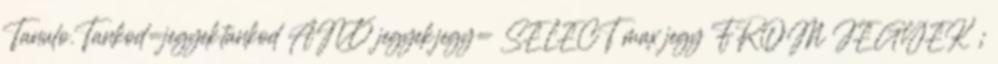
Tanulo.Tankod=jegyek.tankod AND jegyek.jegy= SELECT max jegy FROM JEGYEK ;